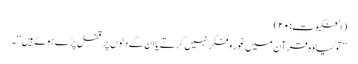
(العنکبوت:۲۰)
’’توکیا وہ قرآن میں غور و فکر نہیں کرتے یا ان کے دلوں پر قفل پڑے ہوئے ہیں‘‘۔